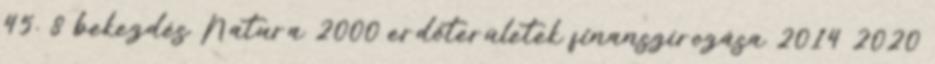
45. 8 bekezdés Natura 2000 erdőterületek finanszírozása 2014 2020